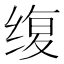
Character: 𫄭